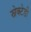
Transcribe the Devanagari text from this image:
स्नेक्टेडी